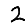
Digit: 2